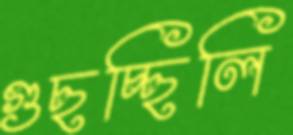
গুছচ্ছিলি